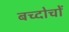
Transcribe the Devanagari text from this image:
बच्दोचों